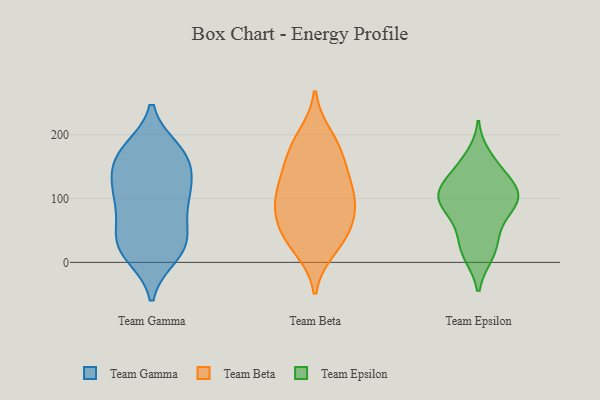
{"axis": {"x": "Energy Usage (MWh)", "y": "Value"}, "legend": ["Team Beta", "Team Epsilon", "Team Gamma"], "data": [{"x": "", "y": 174, "type": "Team Gamma"}, {"x": "", "y": 133, "type": "Team Gamma"}, {"x": "", "y": 176, "type": "Team Gamma"}, {"x": "", "y": 20, "type": "Team Gamma"}, {"x": "", "y": 161, "type": "Team Gamma"}, {"x": "", "y": 37, "type": "Team Gamma"}, {"x": "", "y": 11, "type": "Team Gamma"}, {"x": "", "y": 166, "type": "Team Gamma"}, {"x": "", "y": 99, "type": "Team Gamma"}, {"x": "", "y": 20, "type": "Team Gamma"}, {"x": "", "y": 63, "type": "Team Gamma"}, {"x": "", "y": 92, "type": "Team Gamma"}, {"x": "", "y": 23, "type": "Team Gamma"}, {"x": "", "y": 108, "type": "Team Gamma"}, {"x": "", "y": 164, "type": "Team Gamma"}, {"x": "", "y": 107, "type": "Team Gamma"}, {"x": "", "y": 47, "type": "Team Gamma"}, {"x": "", "y": 129, "type": "Team Gamma"}, {"x": "", "y": 48, "type": "Team Beta"}, {"x": "", "y": 63, "type": "Team Beta"}, {"x": "", "y": 168, "type": "Team Beta"}, {"x": "", "y": 134, "type": "Team Beta"}, {"x": "", "y": 85, "type": "Team Beta"}, {"x": "", "y": 89, "type": "Team Beta"}, {"x": "", "y": 198, "type": "Team Beta"}, {"x": "", "y": 21, "type": "Team Beta"}, {"x": "", "y": 105, "type": "Team Beta"}, {"x": "", "y": 158, "type": "Team Beta"}, {"x": "", "y": 104, "type": "Team Beta"}, {"x": "", "y": 187, "type": "Team Beta"}, {"x": "", "y": 123, "type": "Team Beta"}, {"x": "", "y": 27, "type": "Team Beta"}, {"x": "", "y": 54, "type": "Team Beta"}, {"x": "", "y": 109, "type": "Team Epsilon"}, {"x": "", "y": 12, "type": "Team Epsilon"}, {"x": "", "y": 11, "type": "Team Epsilon"}, {"x": "", "y": 89, "type": "Team Epsilon"}, {"x": "", "y": 89, "type": "Team Epsilon"}, {"x": "", "y": 118, "type": "Team Epsilon"}, {"x": "", "y": 49, "type": "Team Epsilon"}, {"x": "", "y": 111, "type": "Team Epsilon"}, {"x": "", "y": 106, "type": "Team Epsilon"}, {"x": "", "y": 147, "type": "Team Epsilon"}, {"x": "", "y": 75, "type": "Team Epsilon"}, {"x": "", "y": 166, "type": "Team Epsilon"}, {"x": "", "y": 35, "type": "Team Epsilon"}, {"x": "", "y": 138, "type": "Team Epsilon"}, {"x": "", "y": 99, "type": "Team Epsilon"}]}